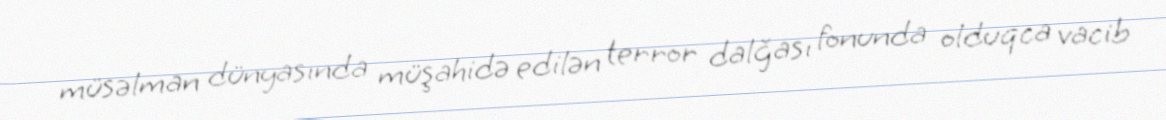
müsəlman dünyasında müşahidə edilən terror dalğası fonunda olduqca vacib